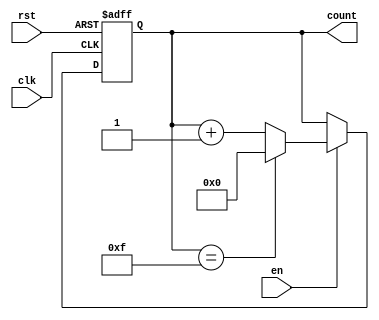
module binary_counter #(
    parameter WIDTH = 4,           // Bit width of the counter
    parameter MAX_COUNT = 15       // Maximum count value (for a 4-bit counter, this is 15)
)(
    input wire clk,                // Clock signal
    input wire rst,                // Asynchronous reset signal
    input wire en,                 // Enable signal
    output reg [WIDTH-1:0] count   // Current count value
);

    // Asynchronous reset and counting logic
    always @(posedge clk or posedge rst) begin
        if (rst) begin
            count <= 0;             // Reset the counter to 0
        end else if (en) begin
            if (count == MAX_COUNT) begin
                count <= 0;         // Wrap around to 0 after reaching MAX_COUNT
            end else begin
                count <= count + 1; // Increment the counter
            end
        end
    end

endmodule